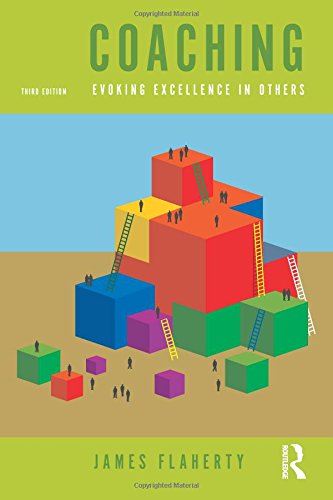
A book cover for Coaching: Evoking Excellence in Others,3rd Edition; James Flaherty; Business & Money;